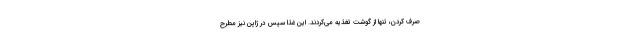
صرف کردن، تنها از گوشت تغذیه می‌کردند. این غذا سپس در ژاپن نیز مطرح